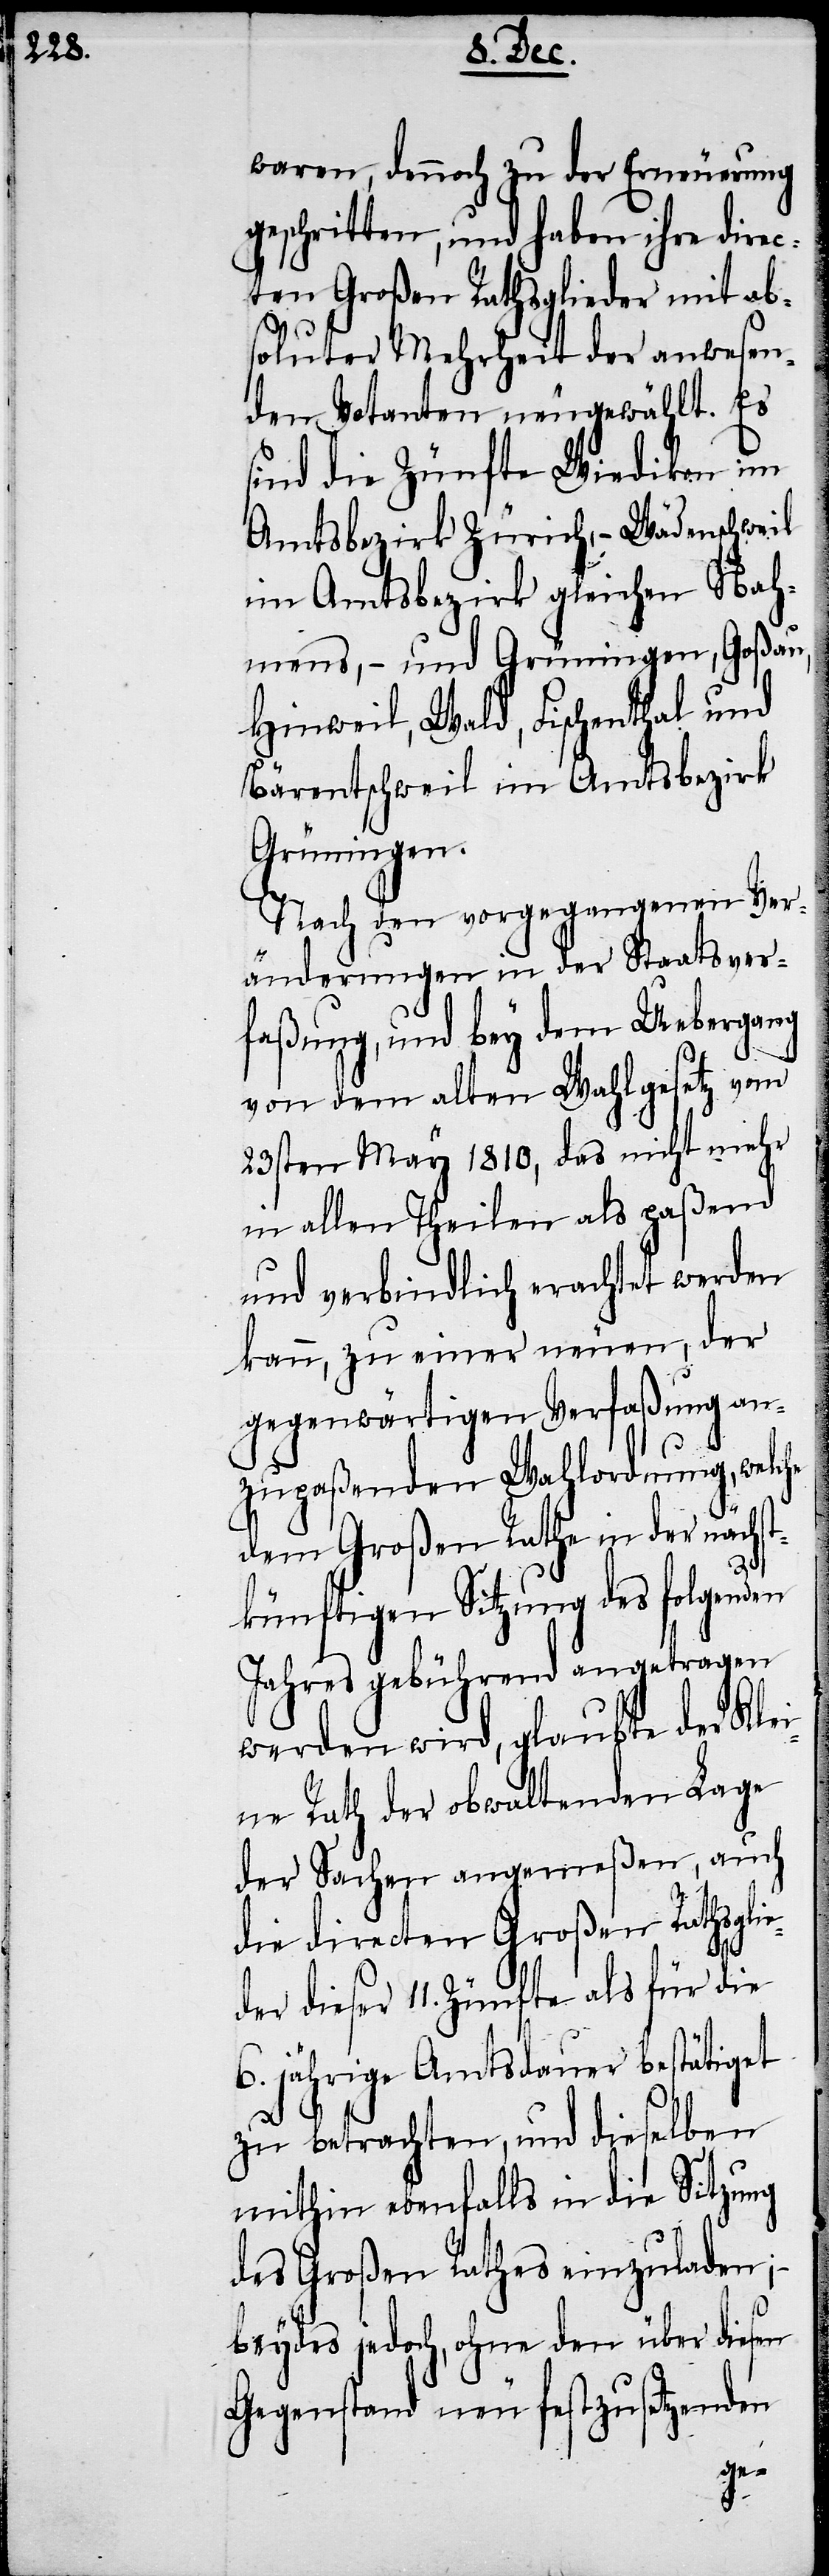
waren, dennoch zu der Erneuerung
geschritten, und haben ihre direc¬
ten Großen Rathsglieder mit ab¬
soluter Mehrheit der anwesen¬
den Votanten neugewählt. Es
sind die Zünfte Wiedikon im
Amtsbezirk Zürich, − Wädenschweil
im Amtsbezirk gleichen Nah¬
mens, − und Grüningen, Goßau,
Hinweil, Wald, Fischenthal und
Bärentschweil im Amtsbezirk
Grüningen.
Nach den vorgegangenen Ver¬
änderungen in der Staatsver¬
faßung, und bey dem Uebergang
von dem alten Wahlgesetz vom
23sten May 1810, das nicht mehr
in allen Theilen als paßend
und verbindlich erachtet werden
kann, zu einer neuen, der
gegenwärtigen Verfaßung an¬
zupaßenden Wahlordnung, welche
dem Großen Rathe in der nächs¬
tkünftigen Sitzung des folgenden
Jahres gebührend angetragen
werden wird, glaubte der Klei¬
ne Rath der obwaltenden Lage
der Sachen angemeßen, auch
die directen Großen Rathsglie¬
der dieser 11. Zünfte als für die
6. jährige Amtsdauer bestätiget
zu betrachten, und dieselben
mithin ebenfalls in die Sitzung
des Großen Rathes einzuladen;
beydes jedoch, ohne den über diesen
Gegenstand neu festzusetzenden